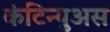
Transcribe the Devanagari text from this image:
कंटिन्युअस